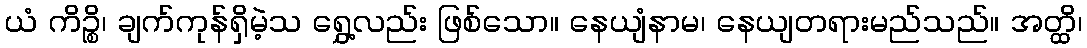
ယံ ကိဉ္စိ၊ ချက်ကုန်ရှိမဲ့သ ရွှေ့လည်း ဖြစ်သော။ နေယျံနာမ၊ နေယျတရားမည်သည်။ အတ္ထိ၊